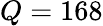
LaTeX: Q=168